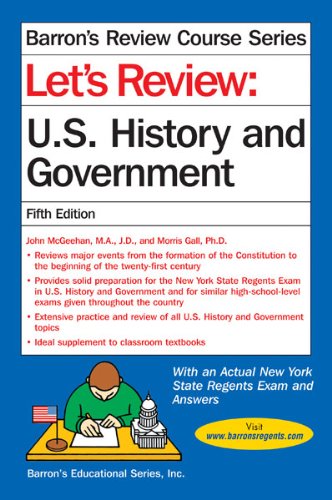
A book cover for Let's Review U.S. History and Government (Barron's Review Course); John McGeehan; Test Preparation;